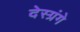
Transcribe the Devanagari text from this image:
देस्ग्रंगे